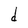
Character: d